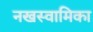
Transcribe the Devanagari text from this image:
नखस्वामिका